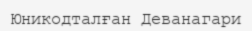
Юникодталған Деванагари